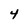
Character: 4